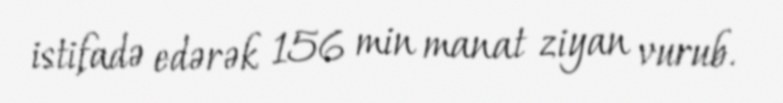
istifadə edərək 156 min manat ziyan vurub.